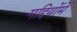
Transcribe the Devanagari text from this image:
गद्दियोंमें